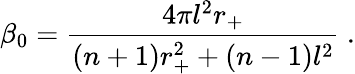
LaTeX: \beta_{0}=\frac{4\pi l^{2}r_{+}}{(n+1)r_{+}^{2}+(n-1)l^{2}}~.